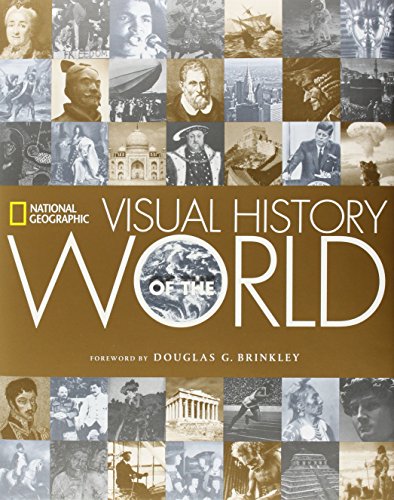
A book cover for National Geographic Visual History of the World; National Geographic; History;